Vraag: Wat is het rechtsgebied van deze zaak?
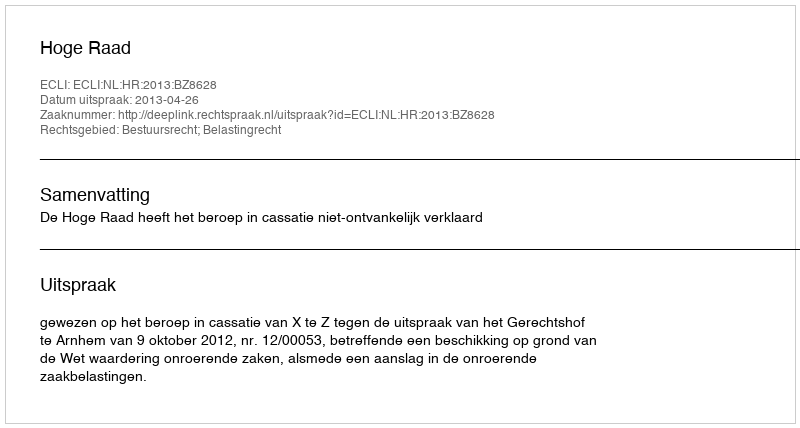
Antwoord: Bestuursrecht; Belastingrecht